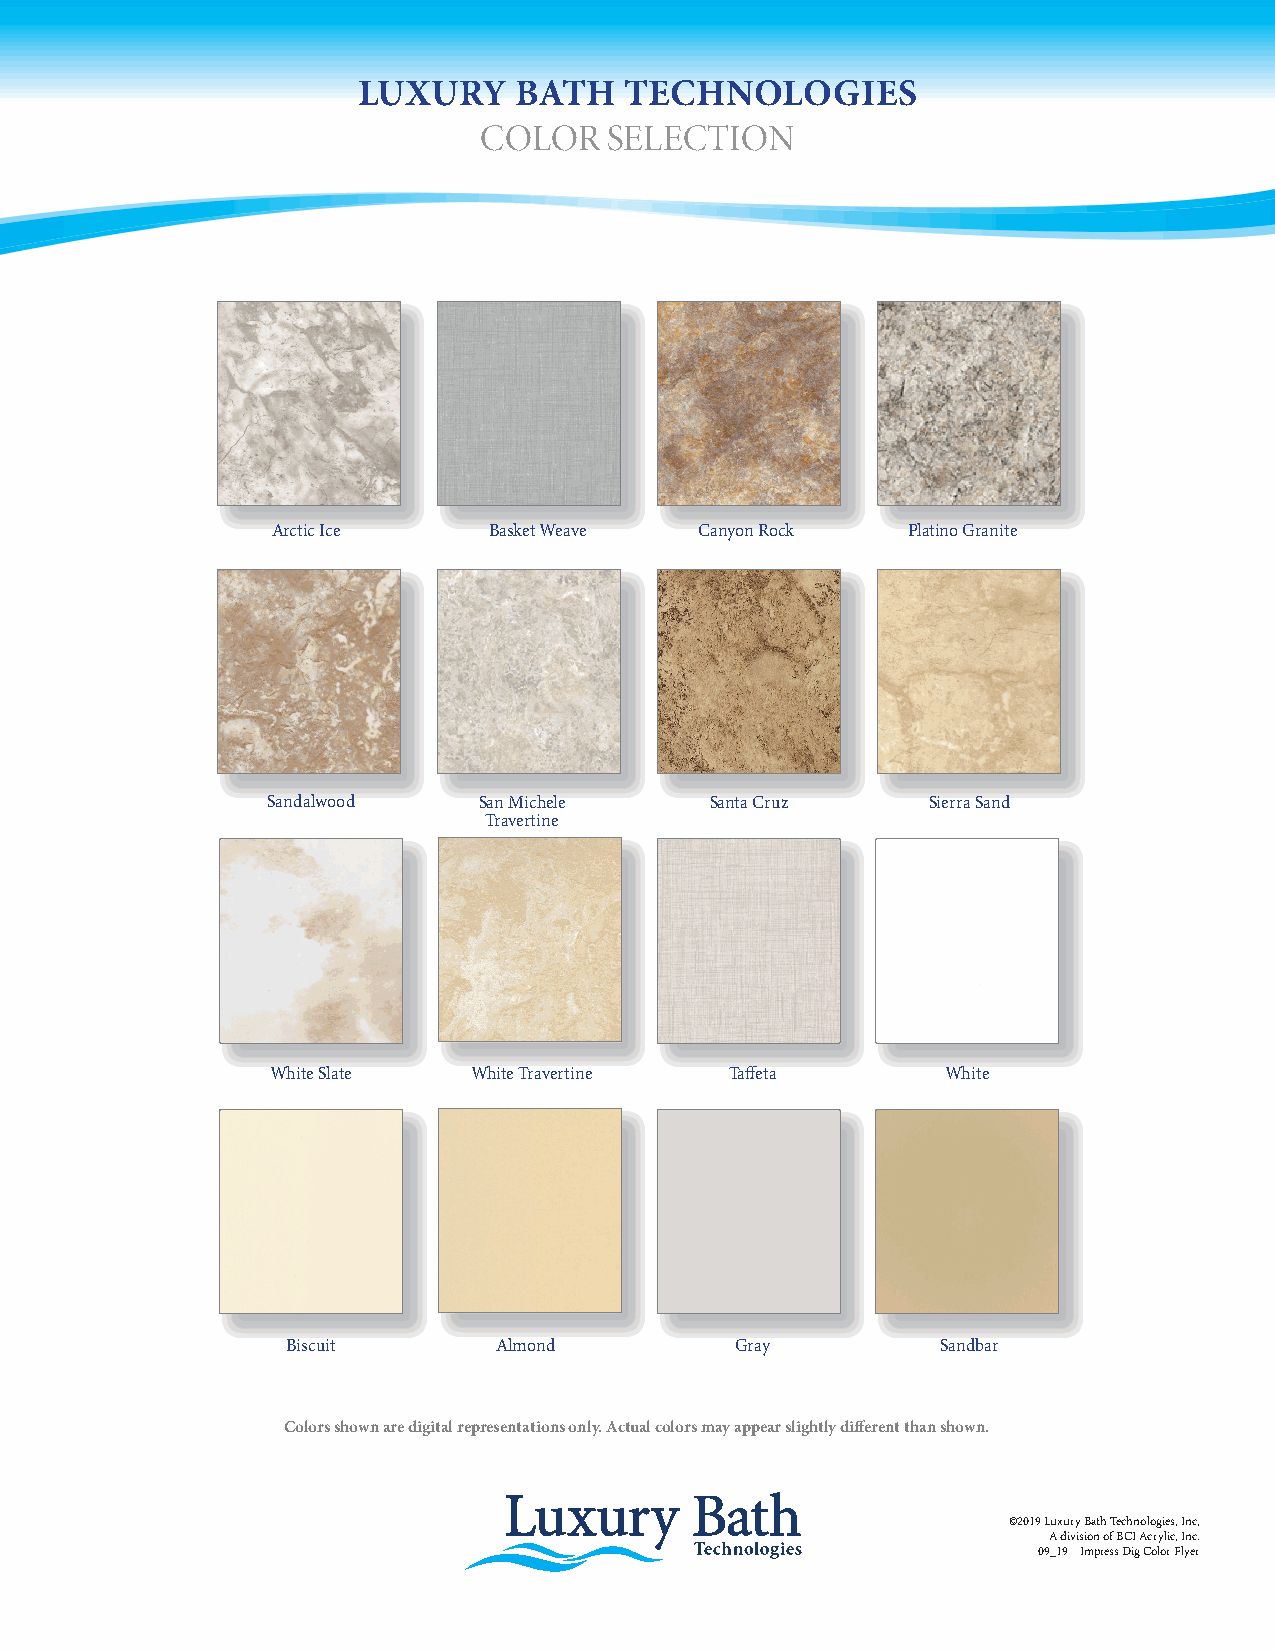
LUXURY    BATH   TECHNOLOGIES
 COLOR   SELECTION
 Arctic Ice    Basket Weave  Canyon Rock   Platino Granite
 Sandalwood    San Michele    Santa Cruz     Sierra Sand
 Travertine
 White Slate  White Travertine Taff eta       White
 Biscuit       Almond          Gray         Sandbar
 Colors shown are digital representations only. Actual colors may appear slightly diff erent than shown.
 ©2019 Luxury Bath Technologies, Inc,
 A division of BCI Acrylic, Inc.
 09_19 Impress Dig Color Flyer